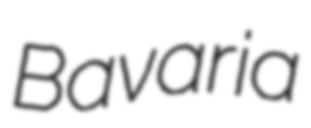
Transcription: Bavaria